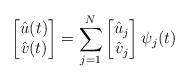
LaTeX: \begin{align*}\left[ \begin{matrix}\hat{u}(t) \\\hat{v}(t) \\\end{matrix} \right]=\sum\limits_{j=1}^{N}{\left[ \begin{matrix}{{{\hat{u}}}_{j}} \\{{{\hat{v}}}_{j}} \\\end{matrix} \right]{{\psi }_{j}}}(t)\end{align*}